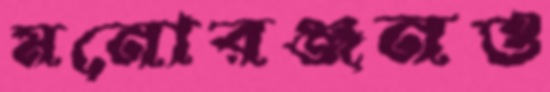
মনোরঞ্জনও